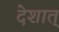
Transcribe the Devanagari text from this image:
देशात्